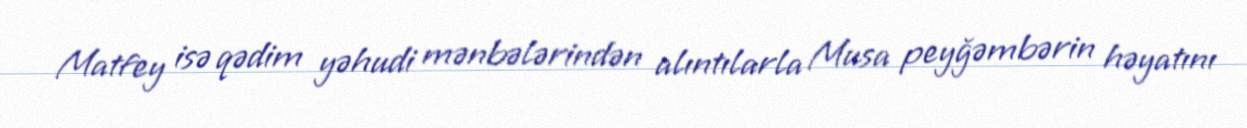
Matfey isə qədim yəhudi mənbələrindən alıntılarla Musa peyğəmbərin həyatını